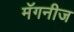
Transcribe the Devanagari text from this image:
मॅगनीज